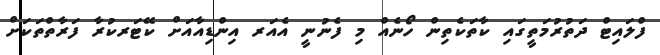
ފްލައިޓް ދަތުރުމަތީގައި ކާތަކެތިން ހޯނެއް މި ފެނުނީ އެއަރ އިންޑިއާއަށް ކޭޓަރކުރާ ފަރާތްތަކަށް